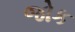
જોક